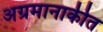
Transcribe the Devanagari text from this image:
अग्रमानाकीत